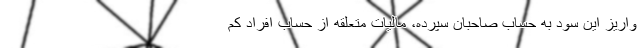
واریز این سود به حساب صاحبان سپرده، مالیات متعلقه از حساب افراد کم